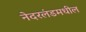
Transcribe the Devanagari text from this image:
नेदरलंडमधील